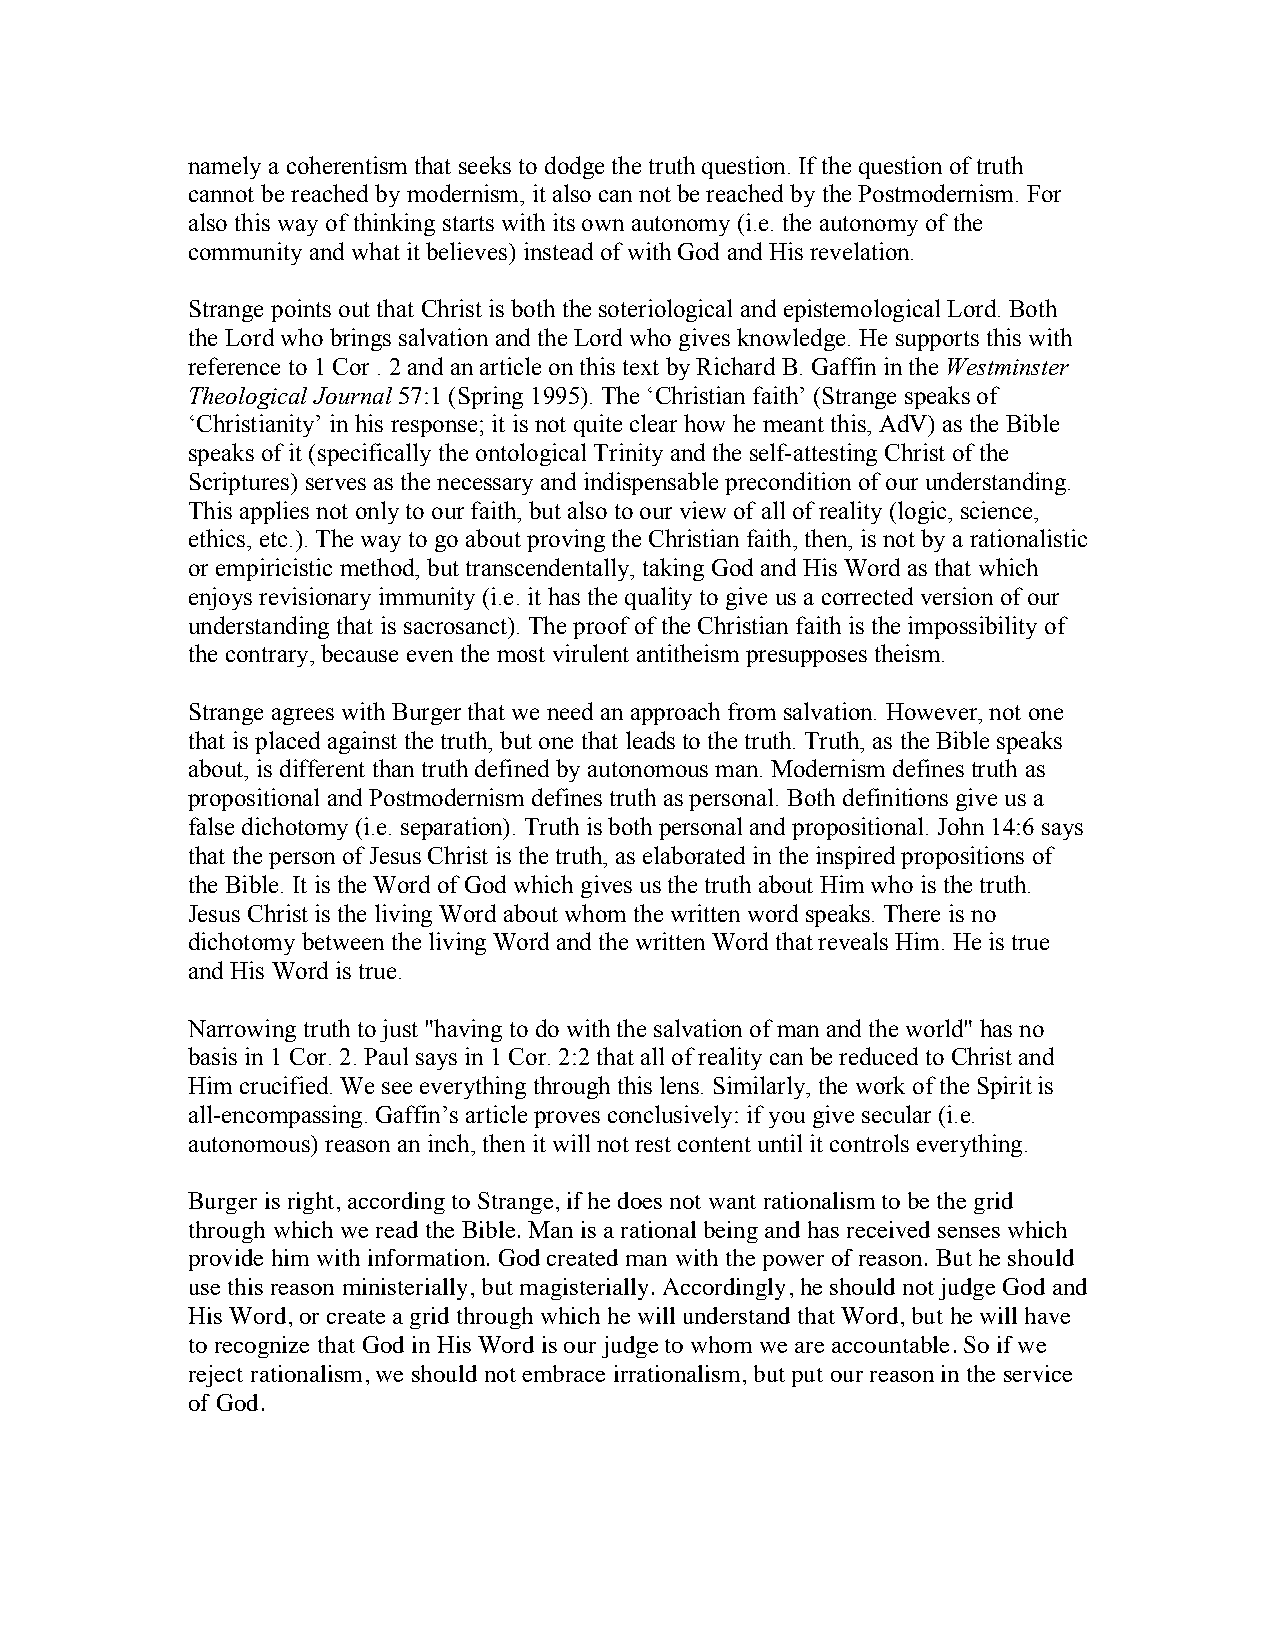
namely a coherentism that seeks to dodge the truth question. If the question of truth
 cannot be reached by modernism, it also can not be reached by the Postmodernism. For
 also this way of thinking starts with its own autonomy (i.e. the autonomy of the
 community and what it believes) instead of with God and His revelation.
 Strange points out that Christ is both the soteriological and epistemological Lord. Both
 the Lord who brings salvation and the Lord who gives knowledge. He supports this with
 reference to 1 Cor . 2 and an article on this text by Richard B. Gaffin in the Westminster
 Theological Journal 57:1 (Spring 1995). The ‘Christian faith’ (Strange speaks of
 ‘Christianity’ in his response; it is not quite clear how he meant this, AdV) as the Bible
 speaks of it (specifically the ontological Trinity and the self-attesting Christ of the
 Scriptures) serves as the necessary and indispensable precondition of our understanding.
 This applies not only to our faith, but also to our view of all of reality (logic, science,
 ethics, etc.). The way to go about proving the Christian faith, then, is not by a rationalistic
 or empiricistic method, but transcendentally, taking God and His Word as that which
 enjoys revisionary immunity (i.e. it has the quality to give us a corrected version of our
 understanding that is sacrosanct). The proof of the Christian faith is the impossibility of
 the contrary, because even the most virulent antitheism presupposes theism.
 Strange agrees with Burger that we need an approach from salvation. However, not one
 that is placed against the truth, but one that leads to the truth. Truth, as the Bible speaks
 about, is different than truth defined by autonomous man. Modernism defines truth as
 propositional and Postmodernism defines truth as personal. Both definitions give us a
 false dichotomy (i.e. separation). Truth is both personal and propositional. John 14:6 says
 that the person of Jesus Christ is the truth, as elaborated in the inspired propositions of
 the Bible. It is the Word of God which gives us the truth about Him who is the truth.
 Jesus Christ is the living Word about whom the written word speaks. There is no
 dichotomy between the living Word and the written Word that reveals Him. He is true
 and His Word is true.
 Narrowing truth to just "having to do with the salvation of man and the world" has no
 basis in 1 Cor. 2. Paul says in 1 Cor. 2:2 that all of reality can be reduced to Christ and
 Him crucified. We see everything through this lens. Similarly, the work of the Spirit is
 all-encompassing. Gaffin’s article proves conclusively: if you give secular (i.e.
 autonomous) reason an inch, then it will not rest content until it controls everything.
 Burger is right, according to Strange, if he does not want rationalism to be the grid
 through which we read the Bible. Man is a rational being and has received senses which
 provide him with information. God created man with the power of reason. But he should
 use this reason ministerially, but magisterially. Accordingly, he should not judge God and
 His Word, or create a grid through which he will understand that Word, but he will have
 to recognize that God in His Word is our judge to whom we are accountable. So if we
 reject rationalism, we should not embrace irrationalism, but put our reason in the service
 of God.